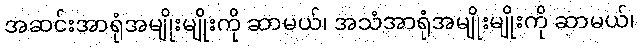
အဆင်းအာရုံအမျိုးမျိုးကို ဆာမယ်၊ အသံအာရုံအမျိုးမျိုးကို ဆာမယ်၊